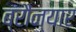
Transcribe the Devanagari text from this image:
ब्रौंन्यार